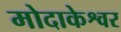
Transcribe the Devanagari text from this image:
मोदाकेश्वर